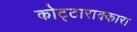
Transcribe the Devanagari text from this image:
कोट्टाराक्कारा